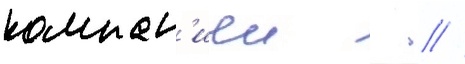
компан'иеи  . //